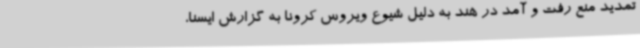
تمدید منع رفت و آمد در هند به دلیل شیوع ویروس کرونا به گزارش ایسنا،